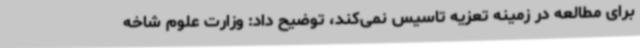
برای مطالعه در زمینه تعزیه تاسیس نمی‌کند، توضیح داد: وزارت علوم شاخه